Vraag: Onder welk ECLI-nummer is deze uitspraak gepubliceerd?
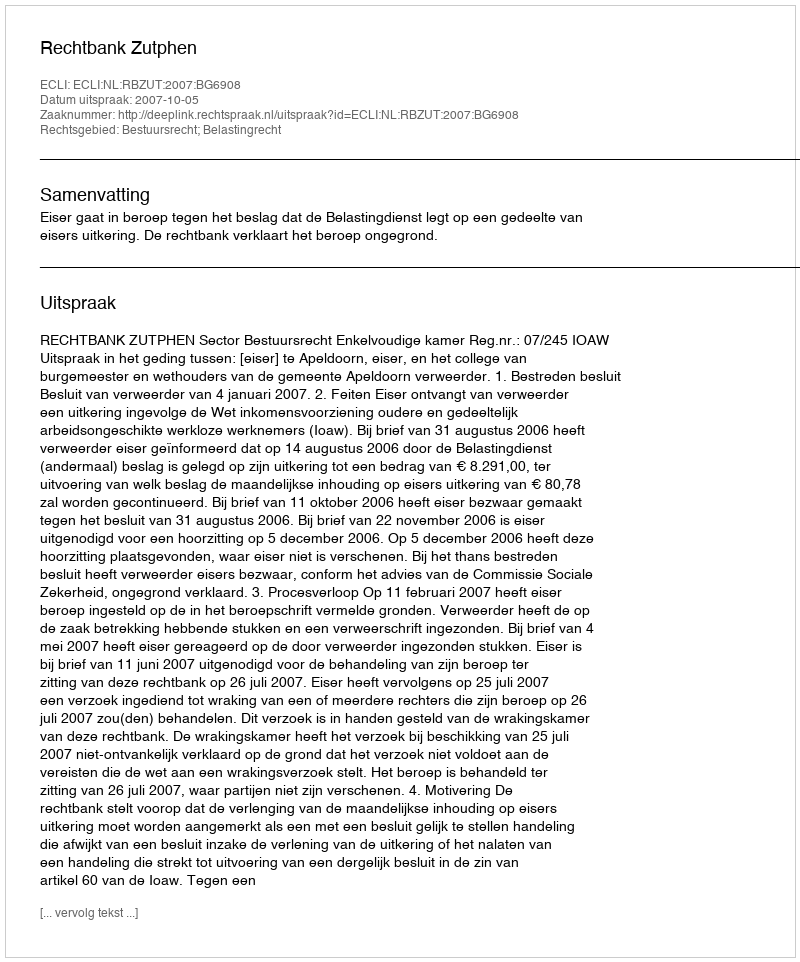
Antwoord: ECLI:NL:RBZUT:2007:BG6908